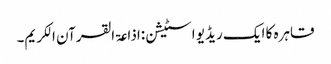
قاہرہ کا ایک ریڈیو اسٹیشن:اذاعۃ القرآن الکریم۔